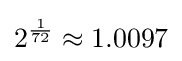
2^{\frac {1}{72}}\approx 1.0097